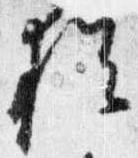
猶